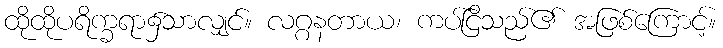
ထိုထိုပရိက္ခရာ၌သာလျှင်။ လဂ္ဂနတာယ၊ ကပ်ငြိသည်၏ အဖြစ်ကြောင့်။